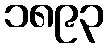
၁၈၉၃